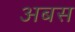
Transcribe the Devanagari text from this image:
अबस